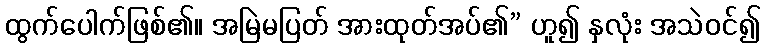
ထွက်ပေါက်ဖြစ်၏။ အမြဲမပြတ် အားထုတ်အပ်၏” ဟူ၍ နှလုံး အသဲဝင်၍